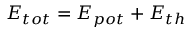
E _ { t o t } = E _ { p o t } + E _ { t h }